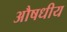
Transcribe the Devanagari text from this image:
अौषधीय